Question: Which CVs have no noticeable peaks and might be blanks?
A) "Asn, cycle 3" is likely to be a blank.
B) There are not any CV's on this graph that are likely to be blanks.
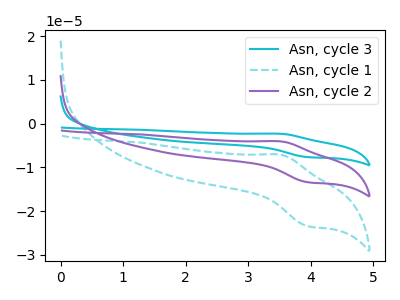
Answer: <think>The cyan curve "Asn, cycle 3" has an anodic peak at (3.55V, -8.15uA) and a cathodic peak at (3.95V, -26.80uA). The cyan dashed curve "Asn, cycle 1" has an anodic peak at (3.55V, -7.15uA) and a cathodic peak at (3.95V, -23.45uA). The purple curve "Asn, cycle 2" has an anodic peak at (3.55V, -4.10uA) and a cathodic peak at (3.95V, -13.40uA).</think>
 <answer>B) There are not any CV's on this graph that are likely to be blanks.</answer>
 <eval>B</eval>